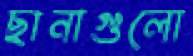
ছানাগুলো